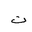
Letter: _ta